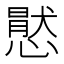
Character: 㦔